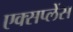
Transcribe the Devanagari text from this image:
एक्सप्लेंस